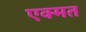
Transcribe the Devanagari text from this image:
एक्मत